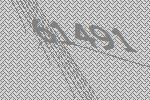
61491